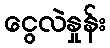
ငွေလဲနှုန်း